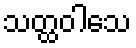
သတ္ထဝါသေ